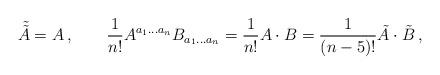
LaTeX: \begin{align*}\tilde {\tilde A}=A\,, \qquad \frac{1}{n!}A^{a_1\ldots a_n}B_{a_1\ldots a_n}=\frac{1}{n!}A\cdot B=\frac{1}{(n-5)!}\tilde A\cdot \tilde B\,, \end{align*}